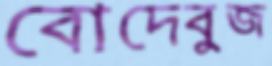
বোদেবুজ